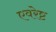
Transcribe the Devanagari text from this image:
एवरेष्ट